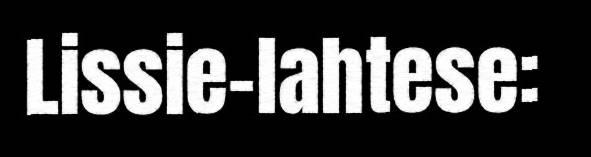
Lissie-lahtese: